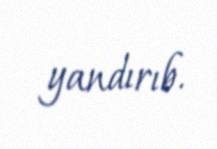
yandırıb.